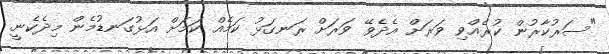
"ސަރުކާރުން ކުރެއްވި ވަރަށް އެދެވޭ ވަރަށް ރަނގަޅު ކަމެއް ކަމަށް އަޅުގަނޑުމެން މިދެކެނީ.